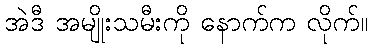
အဲဒီ အမျိုးသမီးကို နောက်က လိုက်။